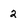
Character: 2